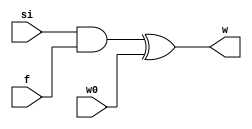
`timescale 1ns / 1ps
//////////////////////////////////////////////////////////////////////////////////
// Company: 
// Engineer: 
// 
// Design Name: 
// Module Name: stage_i_add_multi
// Project Name: 
// Target Devices: 
// Tool Versions: 
// Description: 
// 
// Dependencies: 
// 
// Revision:
// Revision 0.01 - File Created
// Additional Comments:
// 
//////////////////////////////////////////////////////////////////////////////////


module stage_i_add_multi(w,w0,si,f);
output w;
input w0;
input si;
input f;
wire z;
 and D0(z,si,f);
 xor D1(w,z,w0);
endmodule